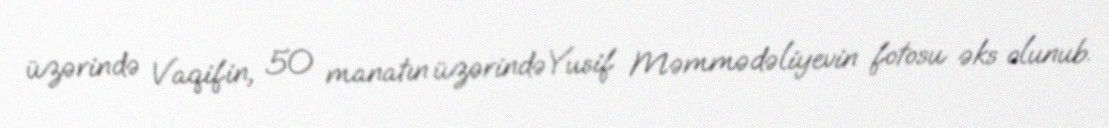
üzərində Vaqifin, 50 manatın üzərindəYusif Məmmədəliyevin fotosu əks olunub.